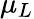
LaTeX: \mu_{L}